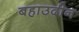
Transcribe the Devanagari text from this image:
बहाउदीन